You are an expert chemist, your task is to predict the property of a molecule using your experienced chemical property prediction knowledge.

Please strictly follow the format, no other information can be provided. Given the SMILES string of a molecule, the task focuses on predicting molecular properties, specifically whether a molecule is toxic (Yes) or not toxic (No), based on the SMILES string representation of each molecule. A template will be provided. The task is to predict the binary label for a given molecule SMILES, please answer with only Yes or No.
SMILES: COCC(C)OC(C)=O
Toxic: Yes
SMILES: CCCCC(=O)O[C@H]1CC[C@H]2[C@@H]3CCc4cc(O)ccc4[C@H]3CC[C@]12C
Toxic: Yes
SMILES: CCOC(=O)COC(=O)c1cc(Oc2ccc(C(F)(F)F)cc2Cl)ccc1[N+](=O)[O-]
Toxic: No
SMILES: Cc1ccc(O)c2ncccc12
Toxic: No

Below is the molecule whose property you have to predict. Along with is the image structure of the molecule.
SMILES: O=C(Cc1ccccc1)OCCc1ccccc1
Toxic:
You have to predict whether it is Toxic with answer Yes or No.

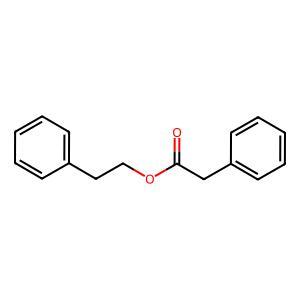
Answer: No